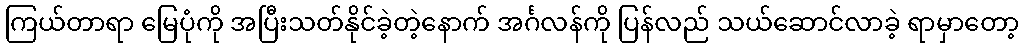
ကြယ်တာရာ မြေပုံကို အပြီးသတ်နိုင်ခဲ့တဲ့နောက် အင်္ဂလန်ကို ပြန်လည် သယ်ဆောင်လာခဲ့ ရာမှာတော့